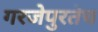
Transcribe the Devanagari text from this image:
गरजेपुरतेच